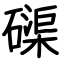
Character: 磲